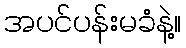
အပင်ပန်းမခံနဲ့။